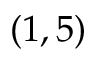
( 1 , 5 )